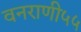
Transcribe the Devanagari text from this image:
वनराणी५५